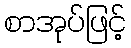
စာအုပ်ဖြင့်